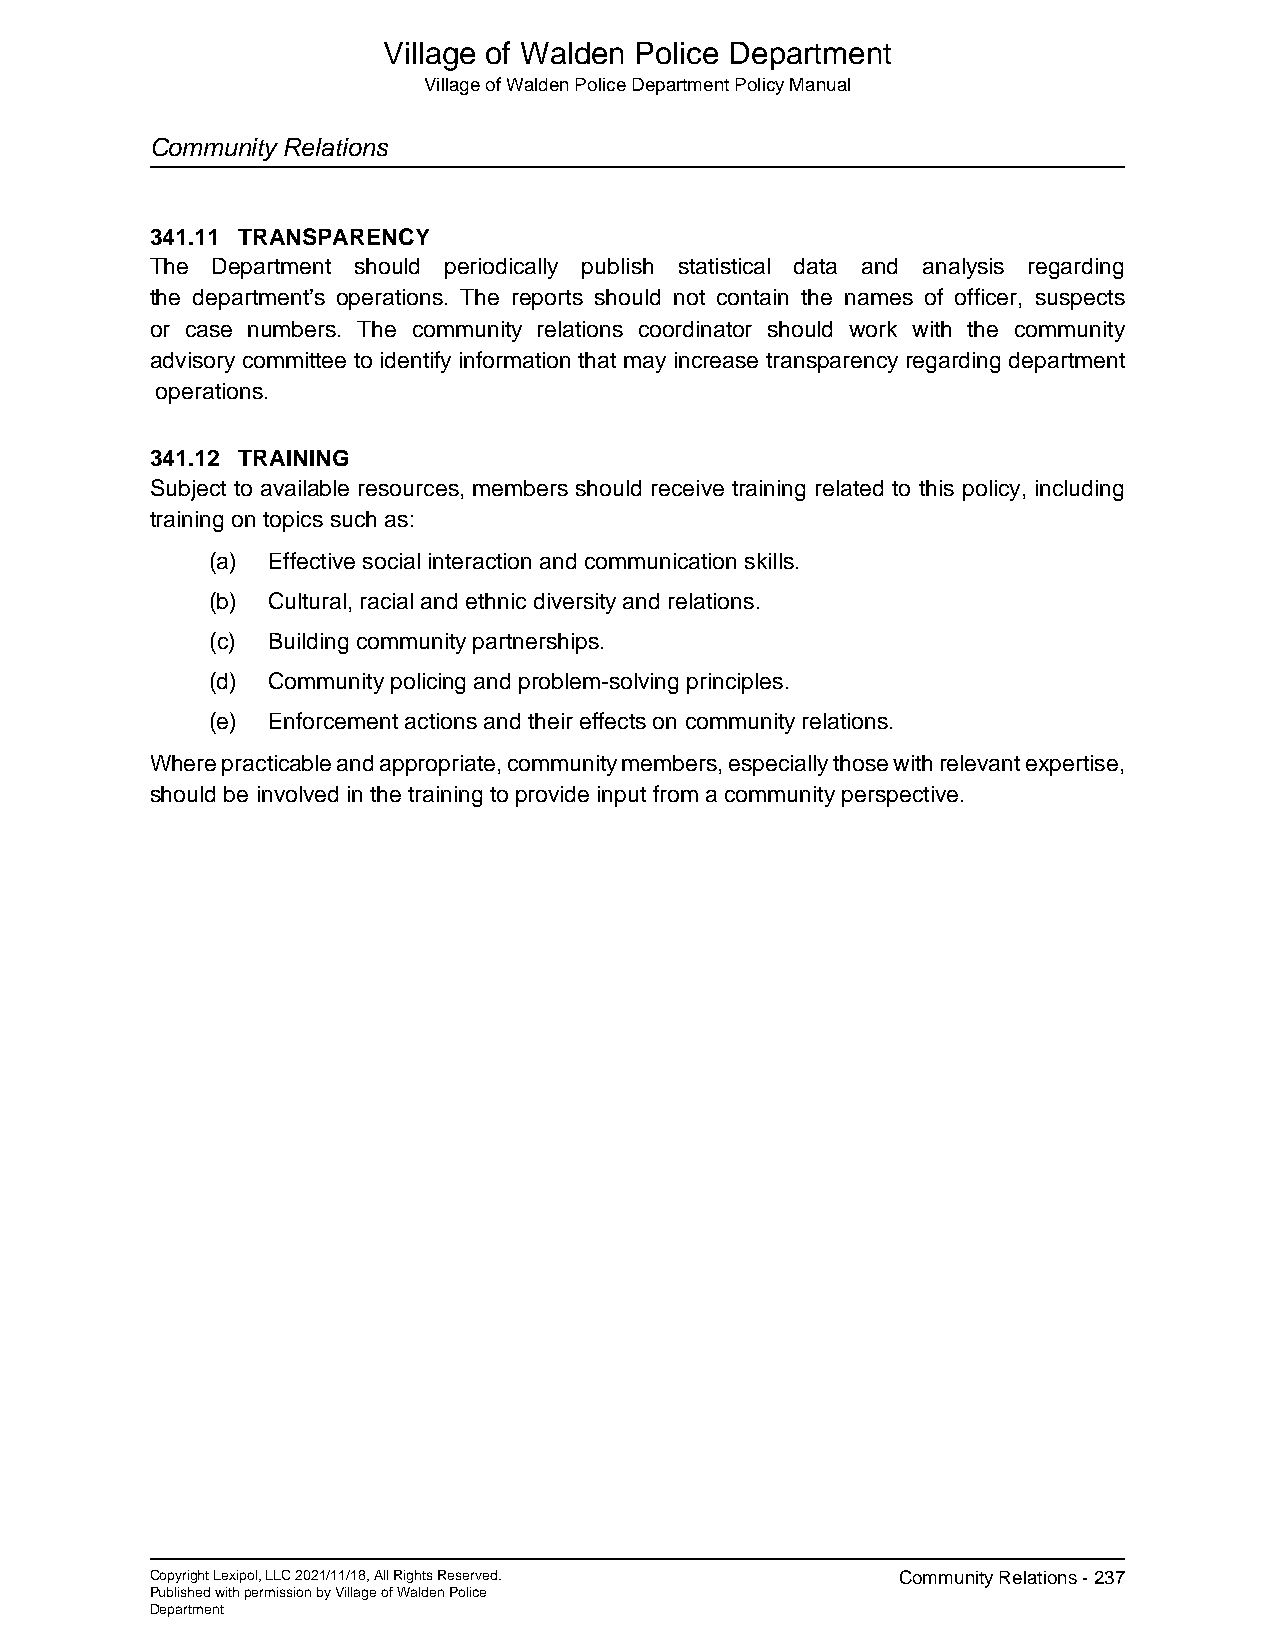
Village of Walden Police Department
 Village of Walden Police Department Policy Manual
 Community Relations
 341.11 TRANSPARENCY
 The Department should periodically publish statistical data and analysis regarding
 the department’s operations. The reports should not contain the names of officer, suspects
 or case numbers. The community relations coordinator should work with the community
 advisory committee to identify information that may increase transparency regarding department
 operations.
 341.12 TRAINING
 Subject to available resources, members should receive training related to this policy, including
 training on topics such as:
 (a) Effective social interaction and communication skills.
 (b) Cultural, racial and ethnic diversity and relations.
 (c) Building community partnerships.
 (d) Community policing and problem-solving principles.
 (e) Enforcement actions and their effects on community relations.
 Where practicable and appropriate, community members, especially those with relevant expertise,
 should be involved in the training to provide input from a community perspective.
 Copyright Lexipol, LLC 2021/11/18, All Rights Reserved. Community Relations - 237
 Published with permission by Village of Walden Police
 Department